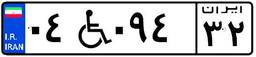
۰۴W۰۹۴۳۲